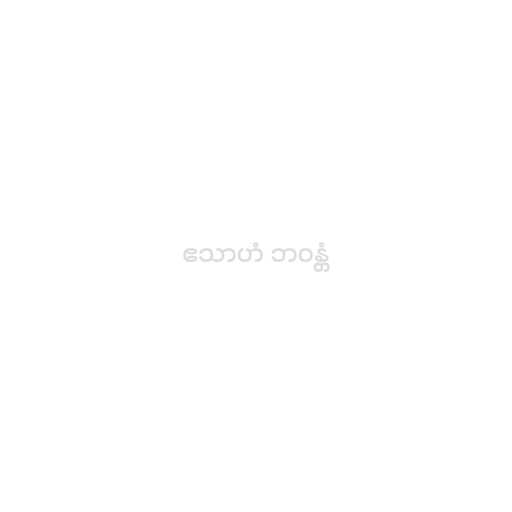
ဧသာဟံ ဘဝန္တံ